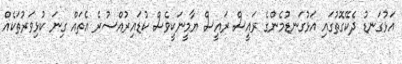
އަޅުގަނޑު ދެކޭގޮތުގައި އަޅުގަނޑުމެންގެ ރައީސް ރައީސް ޔާމީނަކީވެސް ކުޑައިރުއްސުރެ އެތައް ގިނަ ކުޅިވަރުތަކެއް